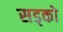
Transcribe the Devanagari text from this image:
सड्को